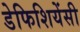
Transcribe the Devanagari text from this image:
डेफिशियेंसी